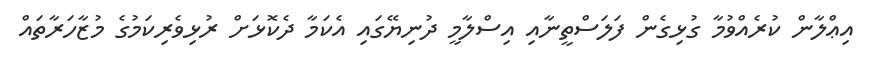
އިޢްލާން ކުރެއްވުމާ ގުޅިގެން ފަލަސްތީނާއި އިސްލާމީ ދުނިޔޭގައި އެކަމާ ދެކޮޅަށް ރުޅިވެރިކަމުގެ މުޒާހަރާތައް